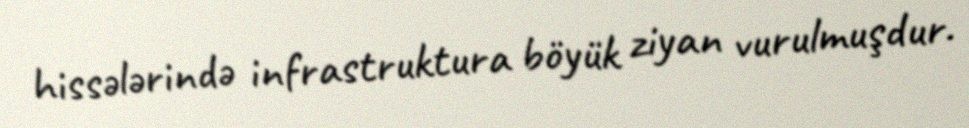
hissələrində infrastruktura böyük ziyan vurulmuşdur.